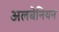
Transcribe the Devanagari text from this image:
अलबेनियन